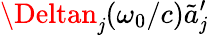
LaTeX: \Deltan_{\mathit{j}}(\omega_{0}/c)\tilde{{a}}_{\mathit{j}}^{\prime}